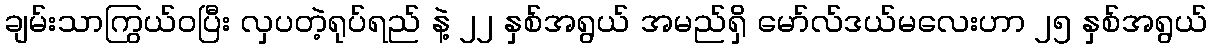
ချမ်းသာကြွယ်ဝပြီး လှပတဲ့ရုပ်ရည် နဲ့ ၂၂ နှစ်အရွယ် အမည်ရှိ မော်လ်ဒယ်မလေးဟာ ၂၅ နှစ်အရွယ်